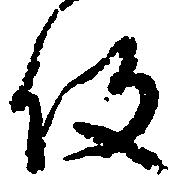
役